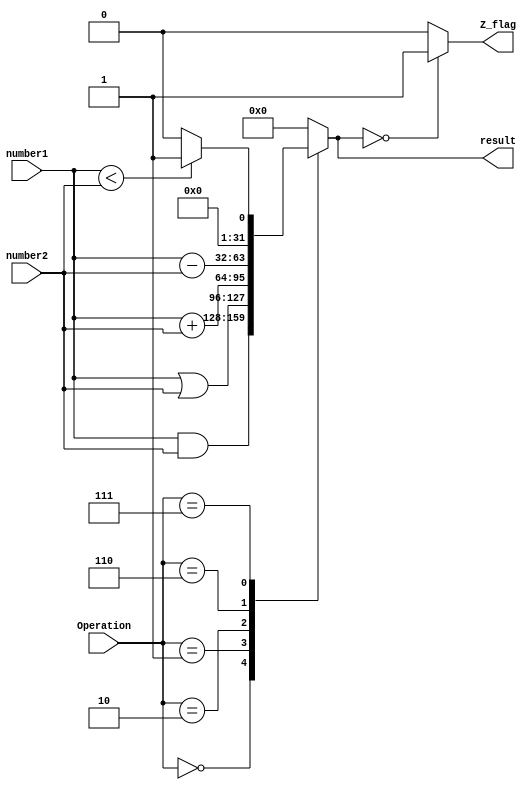
`timescale 1ns / 1ps
//////////////////////////////////////////////////////////////////////////////////
// Company: 
// Engineer: 
// 
// Design Name: 
// Module Name: ALU
// Project Name: 
// Target Devices: 
// Tool Versions: 
// Description: 
// 
// Dependencies: 
// 
// Revision:
// Revision 0.01 - File Created
// Additional Comments:
// 
//////////////////////////////////////////////////////////////////////////////////


module ALU(number1,number2,Operation,result,Z_flag);
input [31:0] number1,number2;
input [3:0] Operation;

output [31:0] result;
output  Z_flag;

reg [31:0] ans;

always@(number1 or number2 or Operation) begin
case(Operation)
    4'b0000: ans <= number1 & number2;  //BITWISE AND
    4'b0001: ans <= number1 | number2;  //BITWISE OR
    4'b0010: ans <= number1 + number2; //addition
    //4'b0011: ans = number1 ^ number2;  //Bitwise EOR
    //4'b0100: ans = number1 || number2; //
    //4'b0101: ans = number2<<1;       //left shift by 1
    4'b0110: ans <= number1 - number2;  //subtraction
    4'b0111: begin
                if(number1 < number2) ans <= 32'h1;
                else ans <= 32'h0;  //Set less than
             end

    default: ans = 32'h0;
endcase
end

assign result = ans;
assign Z_flag = (ans==0)?1'b1:1'b0;

endmodule